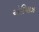
એરિયાઝ